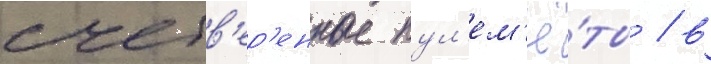
счетв'ер'енные пул'ем'ё́ты / в